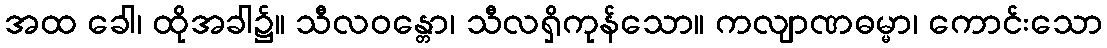
အထ ခေါ၊ ထိုအခါ၌။ သီလဝန္တော၊ သီလရှိကုန်သော။ ကလျာဏဓမ္မာ၊ ကောင်းသော